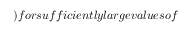
) f o r s u f f i c i e n t l y l a r g e v a l u e s o f